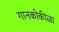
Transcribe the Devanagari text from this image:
गानकोकीळा